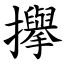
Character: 㩮